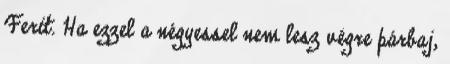
Ferit. Ha ezzel a négyessel nem lesz végre párbaj,